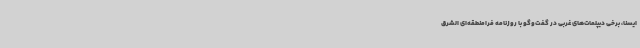
ایسنا، برخی دیپلمات‌های غربی در گفت‌وگو با روزنامه فرامنطقه‌ای الشرق